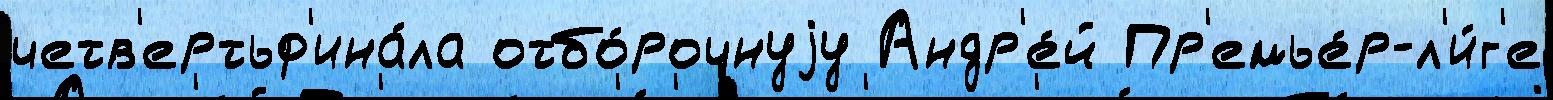
четв'ертьф'ина́ла отбо́рочнуjу Андр'е́й Пр'емье́р-л'и́г'е